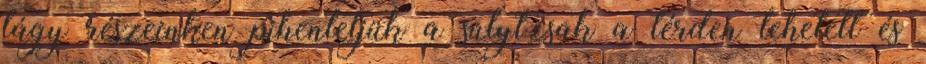
lágy részeinken pihentetjük a súlyt,csak a térden lehetett és